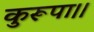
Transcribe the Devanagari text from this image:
कुरूपा।।